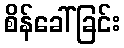
စိန်ခေါ်ခြင်း